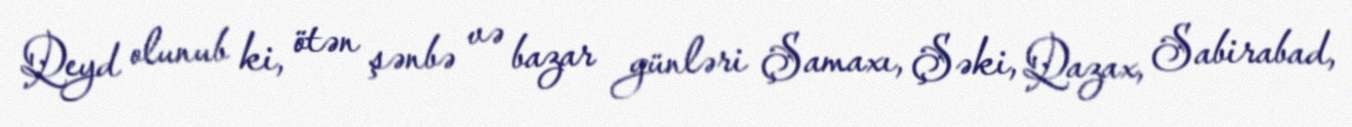
Qeyd olunub ki, ötən şənbə və bazar günləri Şamaxı, Şəki, Qazax, Sabirabad,